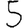
Digit: 5